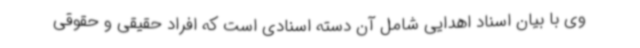
وی با بیان اسناد اهدایی شامل آن دسته اسنادی است که افراد حقیقی و حقوقی